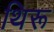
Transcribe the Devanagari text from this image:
थिरू